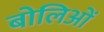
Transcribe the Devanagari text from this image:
बोलिओं